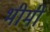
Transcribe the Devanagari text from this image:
भीमी